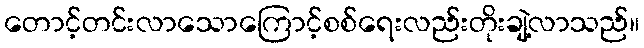
တောင့်တင်းလာသောကြောင့်စစ်ရေးလည်းတိုးချဲ့လာသည်။